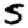
Digit: 5